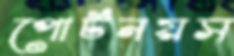
পোর্টনয়স